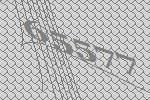
65577